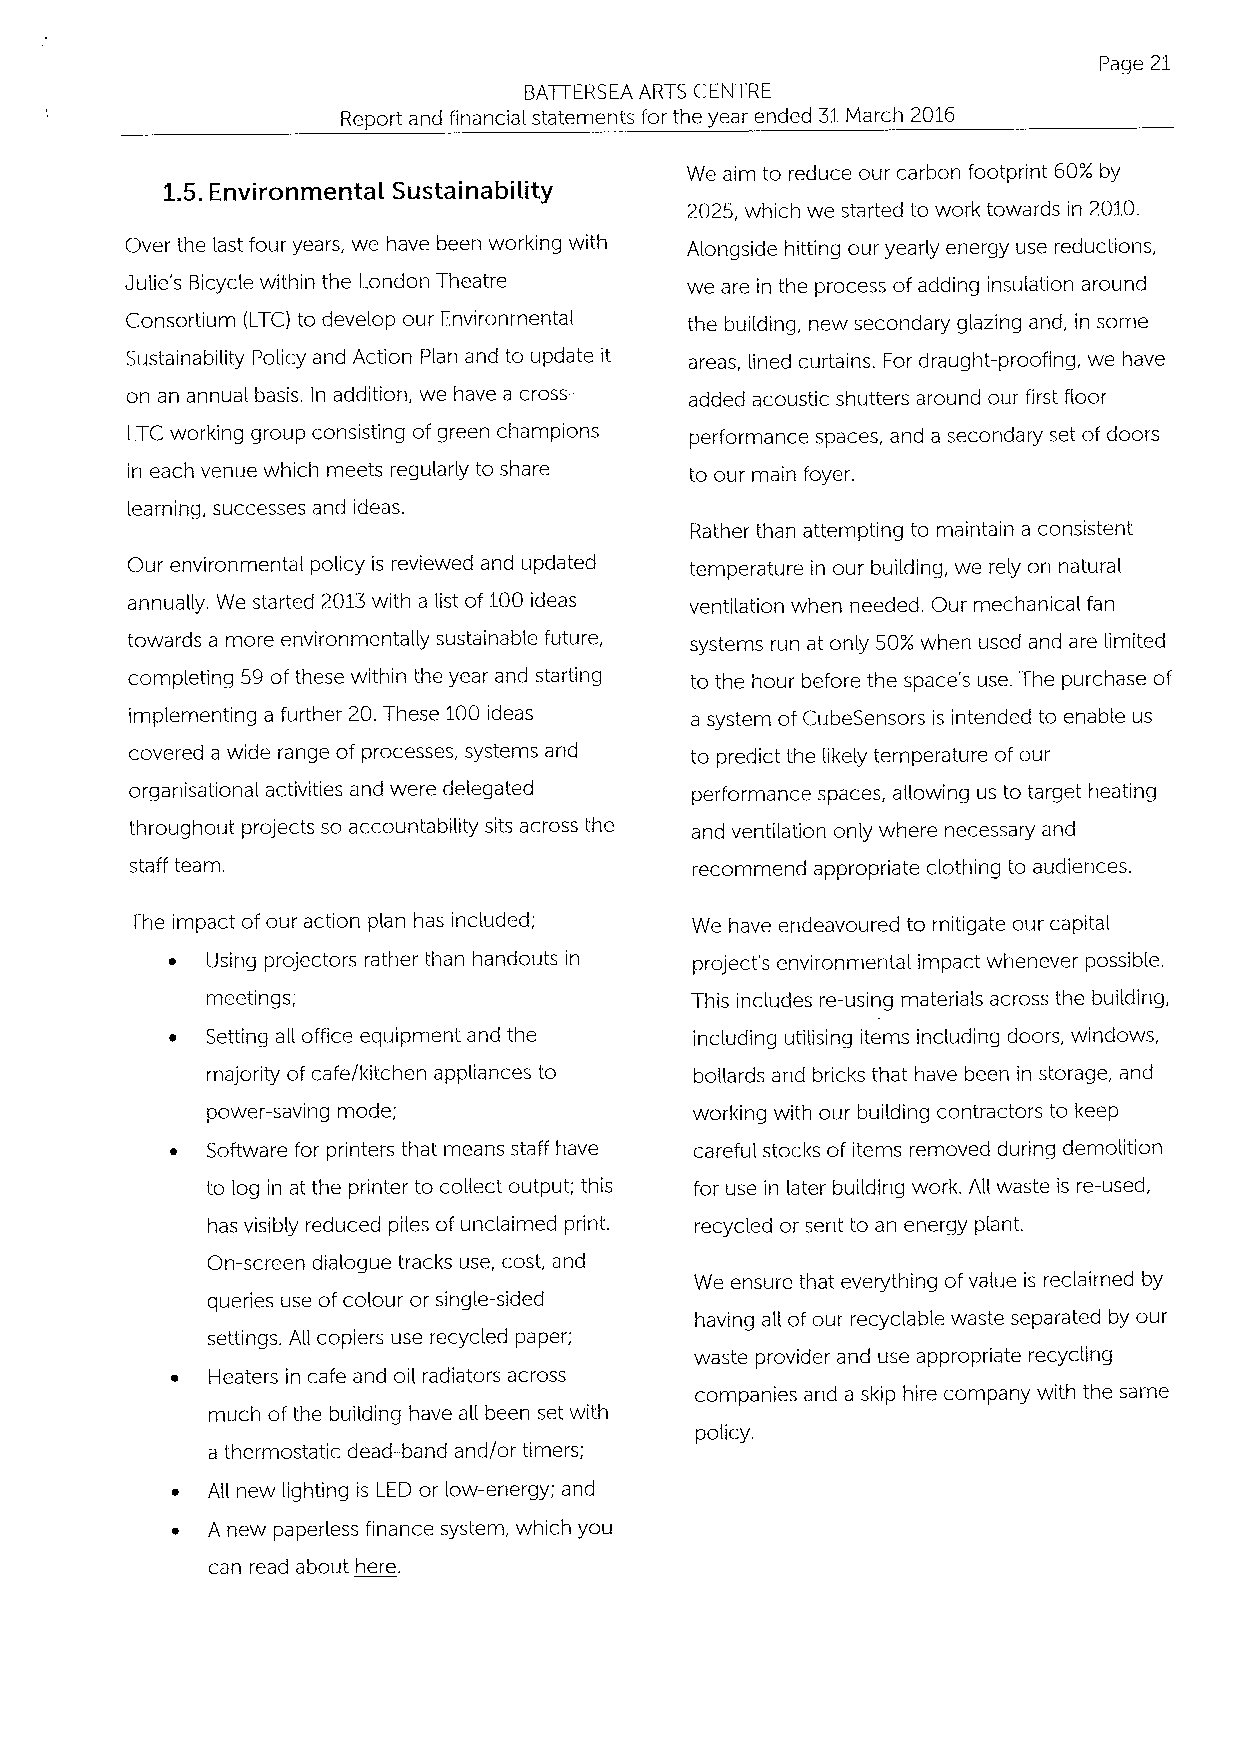
Page 21
 BATTERSEA ARTS CENTRE
 Report and financial statements for the year ended 31March 2016
 We aim to reduce our carbon footprint 60K by
 1.5.Environmental Sustainabil ity
 2025, which we started to work towards in 2010.
 Over the last four years, we have been working with Alongside hitting our yearly energy use reductions,
 JuHe's Bicycle within the London Theatre we are in the process of adding insulation around
 Consortium (LTC) to develop our Environmental the building, new secondary glazing and, in some
 Sustainability Policy and Action Plan and to update it areas, lined curtains. For draught-proofing, we have
 on an annual basis, In addition, we have a cross- added acoustic shutters around our first floor
 LTC working group consisting of green champions performance spaces, and a secondary set of doors
 in each venue which meets regularly to share to our main foyer.
 learning, successes and ideas.
 Rather than attempting to maintain a consistent
 Our environmental policy is reviewed and updated temperature in our building, we rely on natural
 annually. We started 2013with a list of 100ideas ventilation when needed. Our mechanical fan
 towards a more environmentaHy sustainable future, systems run at only 50/.' when used and are limited
 completing 59 of these within the year and starting to the hour before the space's use. The purchase of
 implementing a further 20.These 100ideas a system ofCubeSensors is intended to enable us
 covered a wide range of processes, systems and to predict the likely temperature of our
 organisational activities and were delegated performance spaces, aHowing us to target heating
 throughout projects so accountability sits across the and ventilation only where necessary and
 staff team.                          recommend appropriate clothing to audiences.
 The impact ofour action plan has included; We have endeavoured to mitigate our capital
 ~  Using projectors rather than handouts in project's environmental impact whenever possible.
 meetings;                       This includes re-using materials across the building,
 ~  Setting aH office equipment and the including utilising items including doors, windows,
 majority of cafe/kitchen appliances to boHards and bricks that have been in storage, and
 power-saving mode;              working with our building contractors to keep
 ~  Software for printers that means staff have careful stocks of items removed during demolition
 to log in at the printer to coHect output; this for use in later building work. AH waste is re-used,
 has visibly reduced piles of unclaimed print. recycled or sent to an energy plant.
 On-screen dialogue tracks use, cost, and
 We ensure that everything ofvalue is reclaimed by
 queries use of colour or single-sided
 having aH of our recyclable waste separated by our
 settings. AH copiers use recycled paper;
 waste provider and use appropriate recycling
 ~  Heaters in cafe and oil radiators across
 companies and a skip hire company with the same
 much ofthe building have aH been set with
 policy.
 a thermostatic dead-band and/or timers;
 ~  AH new lighting is LED or low-energy; and
 ~  A new paperless finance system, which you
 can read about here.